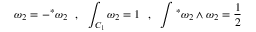
\omega _ { 2 } = - { } ^ { * } \omega _ { 2 } ~ ~ , ~ ~ \int _ { { \cal C } _ { 1 } } \omega _ { 2 } = 1 ~ ~ , ~ ~ \int { } ^ { * } \omega _ { 2 } \wedge \omega _ { 2 } = \frac { 1 } { 2 }